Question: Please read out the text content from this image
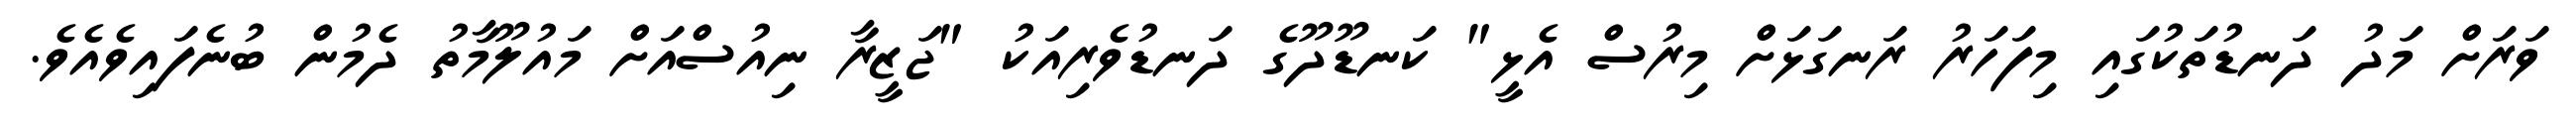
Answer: ވަރަށް މަދު ދަނޑުތަކުގައި މިފަހަރު ރަނގަޅަށް މިރުސް އެޅީ" ކަނޑޫދޫގެ ދަނޑުވެރިއަކު "ޖަޒީރާ ނިއުސްއަށް މައުލޫމާތު ދެމުން ބުނެފައިވެއެވެ.